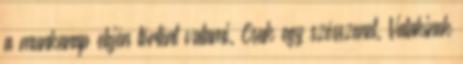
a munkanap elején történt valami. Csak egy szösszenet. Valakinek